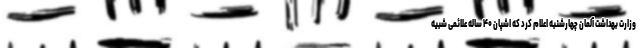
وزارت بهداشت آلمان چهارشنبه اعلام کرد که اشپان ۴۰ ساله علائمی شبیه